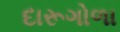
દારૂગોળા